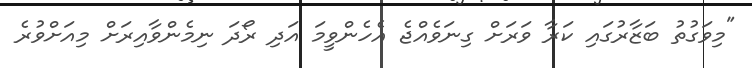
"މިވަގުތު ބަޒާރުގައި ކަރާ ވަރަށް ގިނަވެއްޖެ އެހެންވީމަ އަދި ރޯދަ ނިމެންވާއިރަށް މިއަށްވުރެ